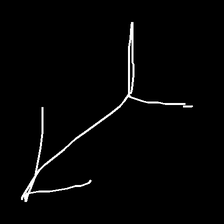
Glyph: gather